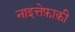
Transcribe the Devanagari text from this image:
नाइत्तेफ़ाक़ी